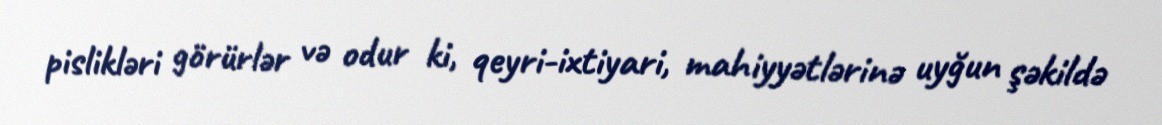
pislikləri görürlər və odur ki, qeyri-ixtiyari, mahiyyətlərinə uyğun şəkildə